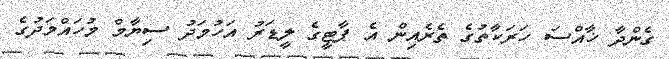
ގެންދާ ޚާއްސަ ހަރަކާތުގެ ތެރެއިން އެ ޕާޓީގެ ލީޑަރު އަހުމަދު ސިޔާމް މުހައްމަދުގެ